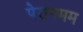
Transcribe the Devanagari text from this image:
पेरागमम